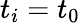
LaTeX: t_{i}=t_{0}